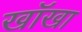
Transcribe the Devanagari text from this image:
खॉखा